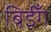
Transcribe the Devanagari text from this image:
बिईँग